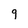
Character: 9